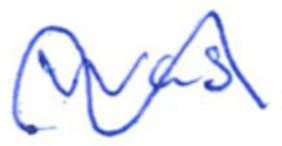
Text: was
Cross-out: wave
Writing tool: ballpoint